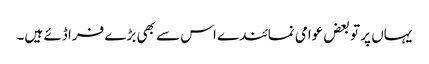
یہاں پر تو بعض عوامی نمائندے اس سے بھی بڑے فراڈئے ہیں۔